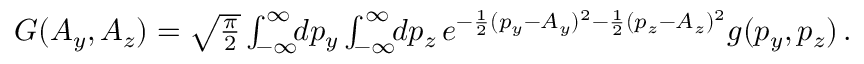
\begin{array} { r } { G ( A _ { y } , A _ { z } ) = \sqrt { \frac { \pi } { 2 } } \int _ { - \infty } ^ { \infty } \! \! d p _ { y } \int _ { - \infty } ^ { \infty } \! \! d p _ { z } \, e ^ { - \frac { 1 } { 2 } ( p _ { y } - A _ { y } ) ^ { 2 } - \frac { 1 } { 2 } ( p _ { z } - A _ { z } ) ^ { 2 } } g ( p _ { y } , p _ { z } ) \, . } \end{array}